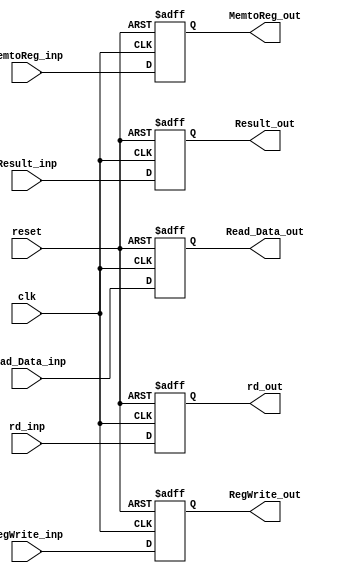
module MEMWB(clk, reset, Result_inp, Read_Data_inp, rd_inp, MemtoReg_inp, RegWrite_inp, MemtoReg_out, RegWrite_out, Result_out, Read_Data_out, rd_out);
  
  input clk;
  input reset;
  input wire [63:0] Result_inp;
  input [63:0]Read_Data_inp;
  input [4:0] rd_inp;
  input wire MemtoReg_inp;		
  input RegWrite_inp;
  output reg MemtoReg_out; 
  output reg RegWrite_out;
  output reg [63:0] Result_out;
  output reg [63:0]Read_Data_out;
  output reg [4:0] rd_out;

  
  always @ (posedge clk or posedge reset)
    begin
    if (reset)
      begin
        Result_out <= 0;
        Read_Data_out <= 0;
        rd_out <= 5'b0;
        MemtoReg_out <= 0;
        RegWrite_out <= 0;
      end
     else 
       begin
        Result_out <= Result_inp;
        Read_Data_out <= Read_Data_inp;
        rd_out <= rd_inp;
        MemtoReg_out <= MemtoReg_inp;
        RegWrite_out <= RegWrite_inp;
       end
    end
endmodule